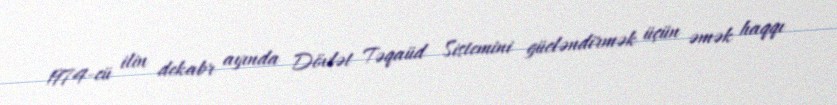
1974-cü ilin dekabr ayında Dövlət Təqaüd Sistemini gücləndirmək üçün əmək haqqı